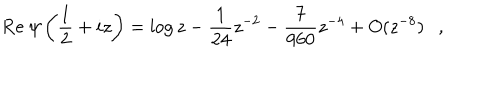
\mathrm { R e } ~ \psi \left( \frac 1 2 + i z \right) = \log z - { \frac { 1 } { 2 4 } } z ^ { - 2 } - { \frac { 7 } { 9 6 0 } } z ^ { - 4 } + O ( z ^ { - 8 } ) ,